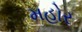
મહોર